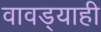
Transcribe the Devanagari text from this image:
वावड्याही